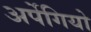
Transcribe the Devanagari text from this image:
अर्पेगियो